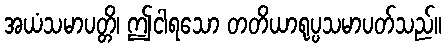
အယံသမာပတ္တိ၊ ဤငါရသော တတိယာရုပ္ပသမာပတ်သည်။